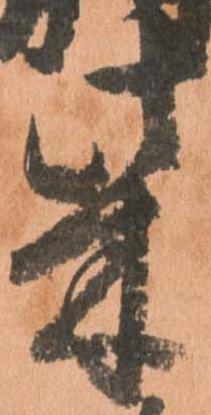
柴